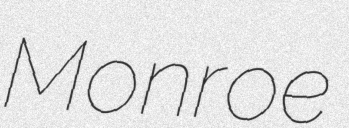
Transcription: Monroe